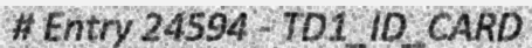
# Entry 24594 - TD1_ID_CARD